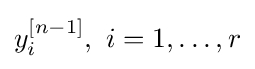
y_{i}^{[n-1]},\ i=1,\dots ,r